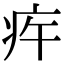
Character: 𤵍